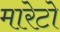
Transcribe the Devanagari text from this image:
मारेटो